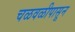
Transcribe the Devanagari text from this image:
चळवळीपासून